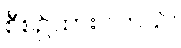
စီစဉ်ထားပါတယ်။